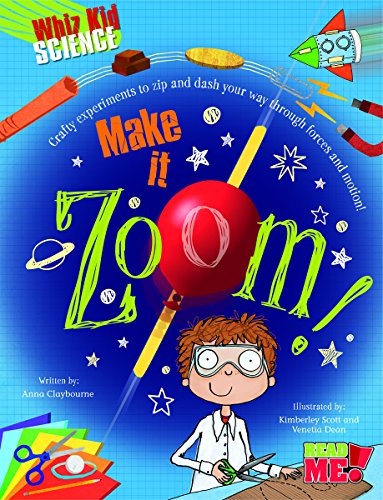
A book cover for Make It Zoom! (Whiz Kid Science); Anna Claybourne; Children's Books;